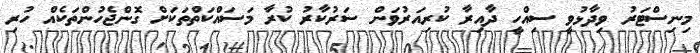
މިނިސްޓަރު ވިދާޅުވީ ސިއްހީ ދާއިރާ ކުރިއަރުވަން ސަރުކާރު ކުރާ މަސައްކަތްތަކަށް ގޮންޖެހުންތަކެއް ހުރި